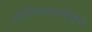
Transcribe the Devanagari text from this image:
गोविन्दस्वामीकृत